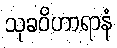
သုခဝိဟာရာနံ